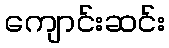
ကျောင်းဆင်း